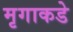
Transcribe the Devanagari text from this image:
मृगाकडे